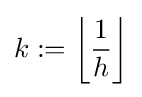
k:=\left\lfloor {\frac {1}{h}}\right\rfloor